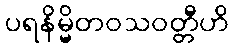
ပရနိမ္မိတဝသဝတ္တီဟိ